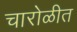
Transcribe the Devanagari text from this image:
चारोळीत